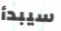
سيبدأ